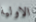
الاولية